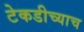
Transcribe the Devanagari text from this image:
टेकडीच्याच